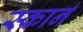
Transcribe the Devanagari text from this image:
स्कार्न